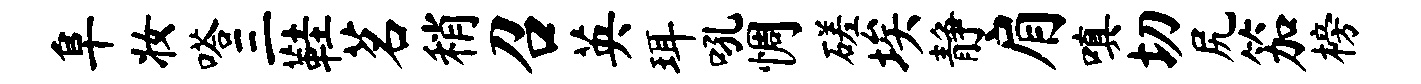
阜妆嗒三鞋茗稍召英珥吼惆磋埃静肩嗔切尻笳榜